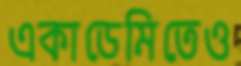
একাডেমিতেও